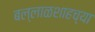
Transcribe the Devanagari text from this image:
बल्लाळशाहच्या